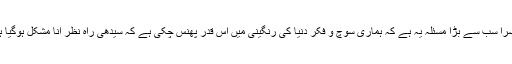
دوسرا سب سے بڑا مسئلہ یہ ہے کہ ہماری سوچ و فکر دنیا کی رنگینی میں اس قدر پھنس چکی ہے کہ سیدھی راہ نظر آنا مشکل ہوگیا ہے۔